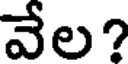
వేల?